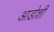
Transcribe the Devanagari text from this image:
आडोशी